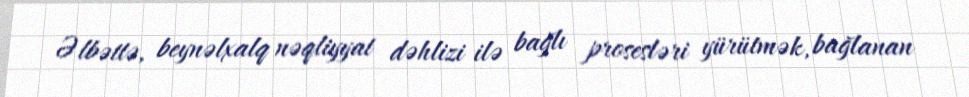
Əlbəttə, beynəlxalq nəqliyyat dəhlizi ilə bağlı prosesləri yürütmək, bağlanan